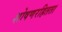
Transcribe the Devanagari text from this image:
शोषणरहितता